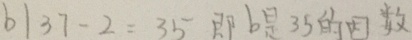
b \vert 3 7 - 2 = 3 5 即 b 是 3 5 的 因 数